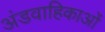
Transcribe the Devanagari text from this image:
अंडवाहिकाओं